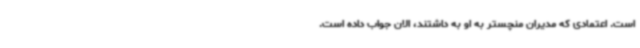
است. اعتمادی که مدیران منچستر به او به داشتند، الان جواب داده است.